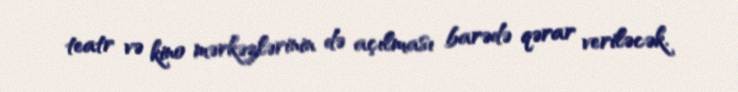
teatr və kino mərkəzlərinin də açılması barədə qərar veriləcək.